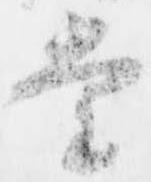
堂